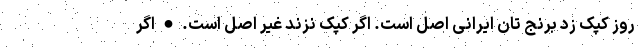
روز کپک زد برنج تان ایرانی اصل است. اگر کپک نزند غیر اصل است. • اگر